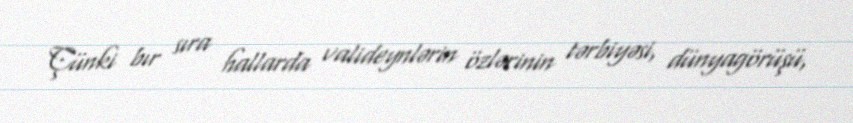
Çünki bır sıra hallarda valideynlərin özlərinin tərbiyəsi, dünyagörüşü,